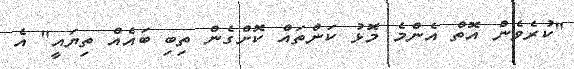
"ކުރެވެން އޮތް އެންމެ މޮޅު ކަންތައް ކޮށްގެން ތިބި ބައެއް ތިޔައީ" އެ